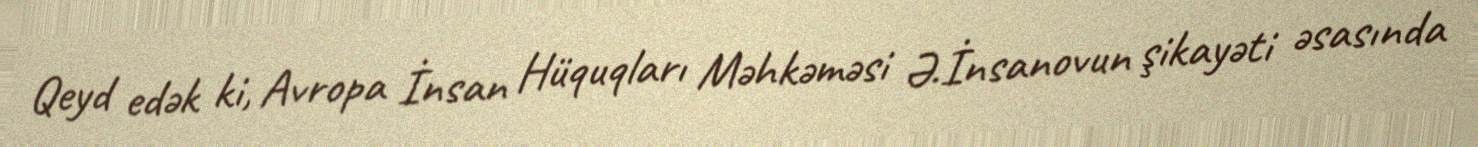
Qeyd edək ki, Avropa İnsan Hüquqları Məhkəməsi Ə.İnsanovun şikayəti əsasında